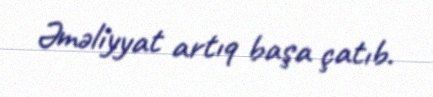
Əməliyyat artıq başa çatıb.